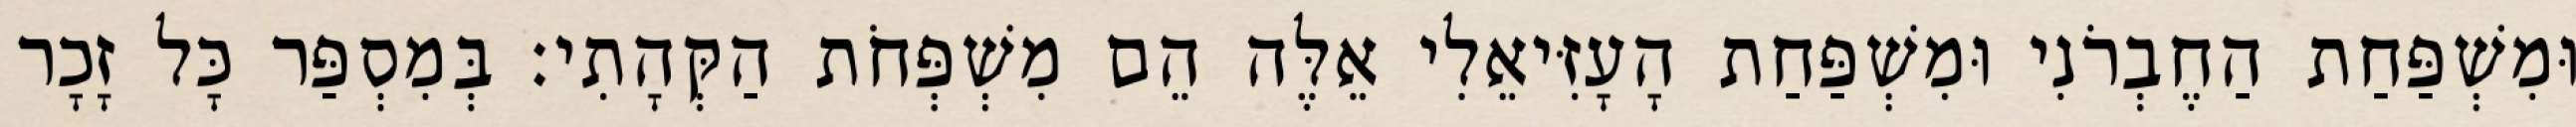
וּמִשְׁפַּחַת הַחֶבְרֹנִי וּמִשְׁפַּחַת הָעָזִּיאֵלִי אֵלֶּה הֵם מִשְׁפְּחֹת הַקְּהָתִי׃ בְּמִסְפַּר כָּל זָכָר